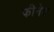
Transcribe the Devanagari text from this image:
फ्रीनेट